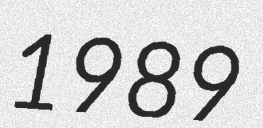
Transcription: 1989